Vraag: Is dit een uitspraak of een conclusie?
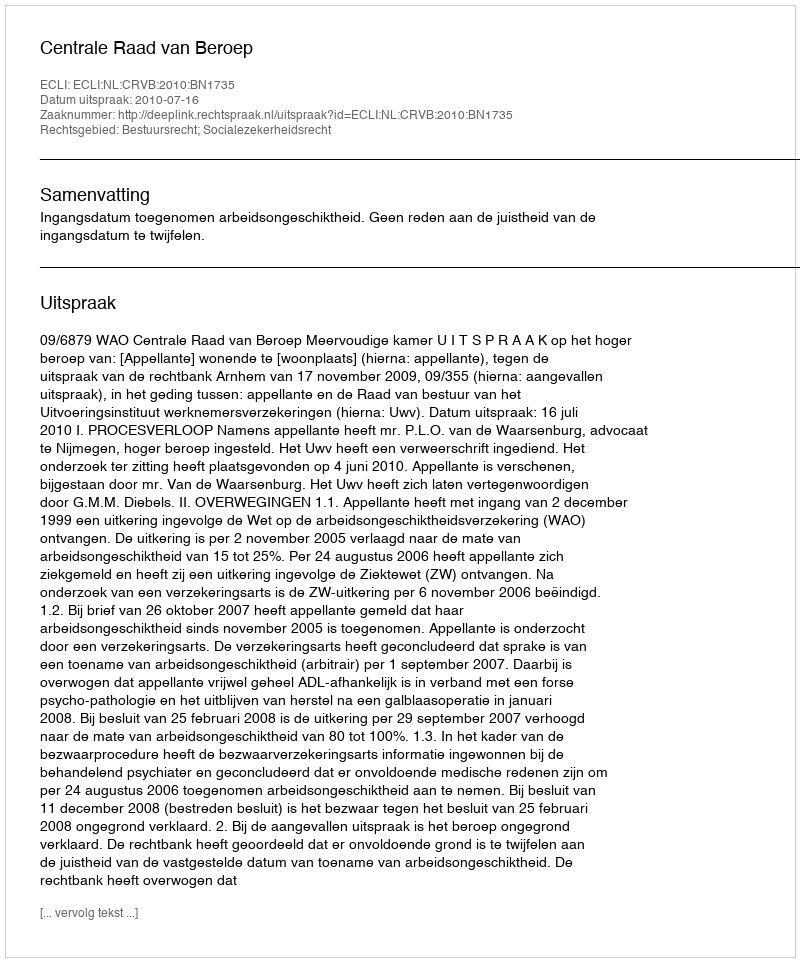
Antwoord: Uitspraak